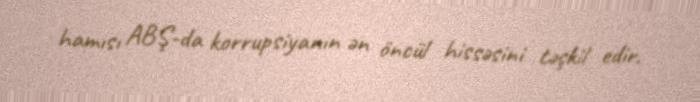
hamısı ABŞ-da korrupsiyanın ən öncül hissəsini təşkil edir.